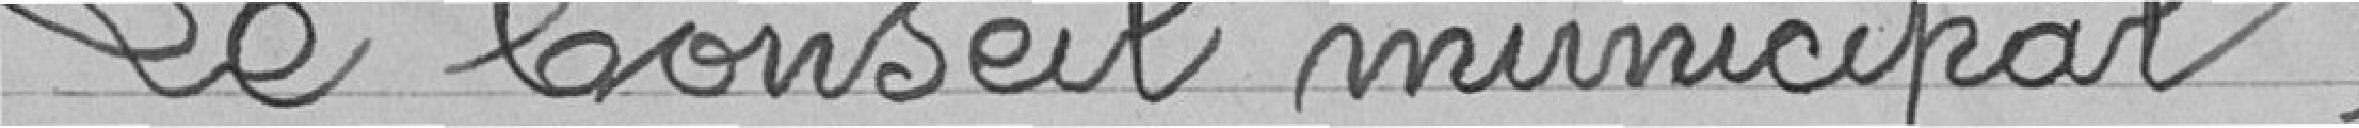
Le Conseil Municipal,